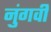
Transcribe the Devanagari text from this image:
नुंगवी